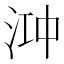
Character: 𬇧